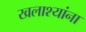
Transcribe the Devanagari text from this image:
खलाश्यांना